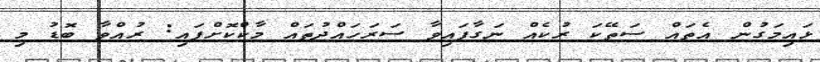
ޅައިމަގުން އެތައް ސަތޭކަ ރުކެއް ނަގާފައިވާ ސަރަހައްދުތައް މާކްކޮށްފައި: ރުއްވާ ބޮޑު މި